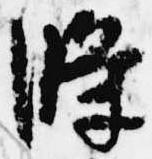
条